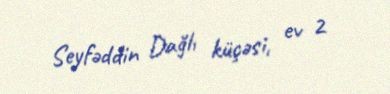
Seyfəddin Dağlı küçəsi, ev 2